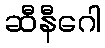
ဆီနီဂေါ